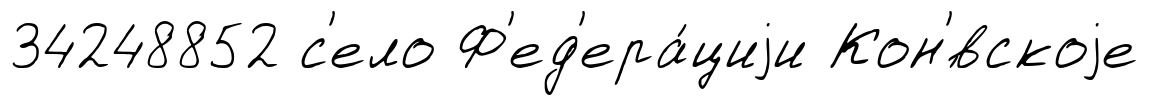
34248852 с'ело Ф'ед'ера́циjи Кон'́вскоjе